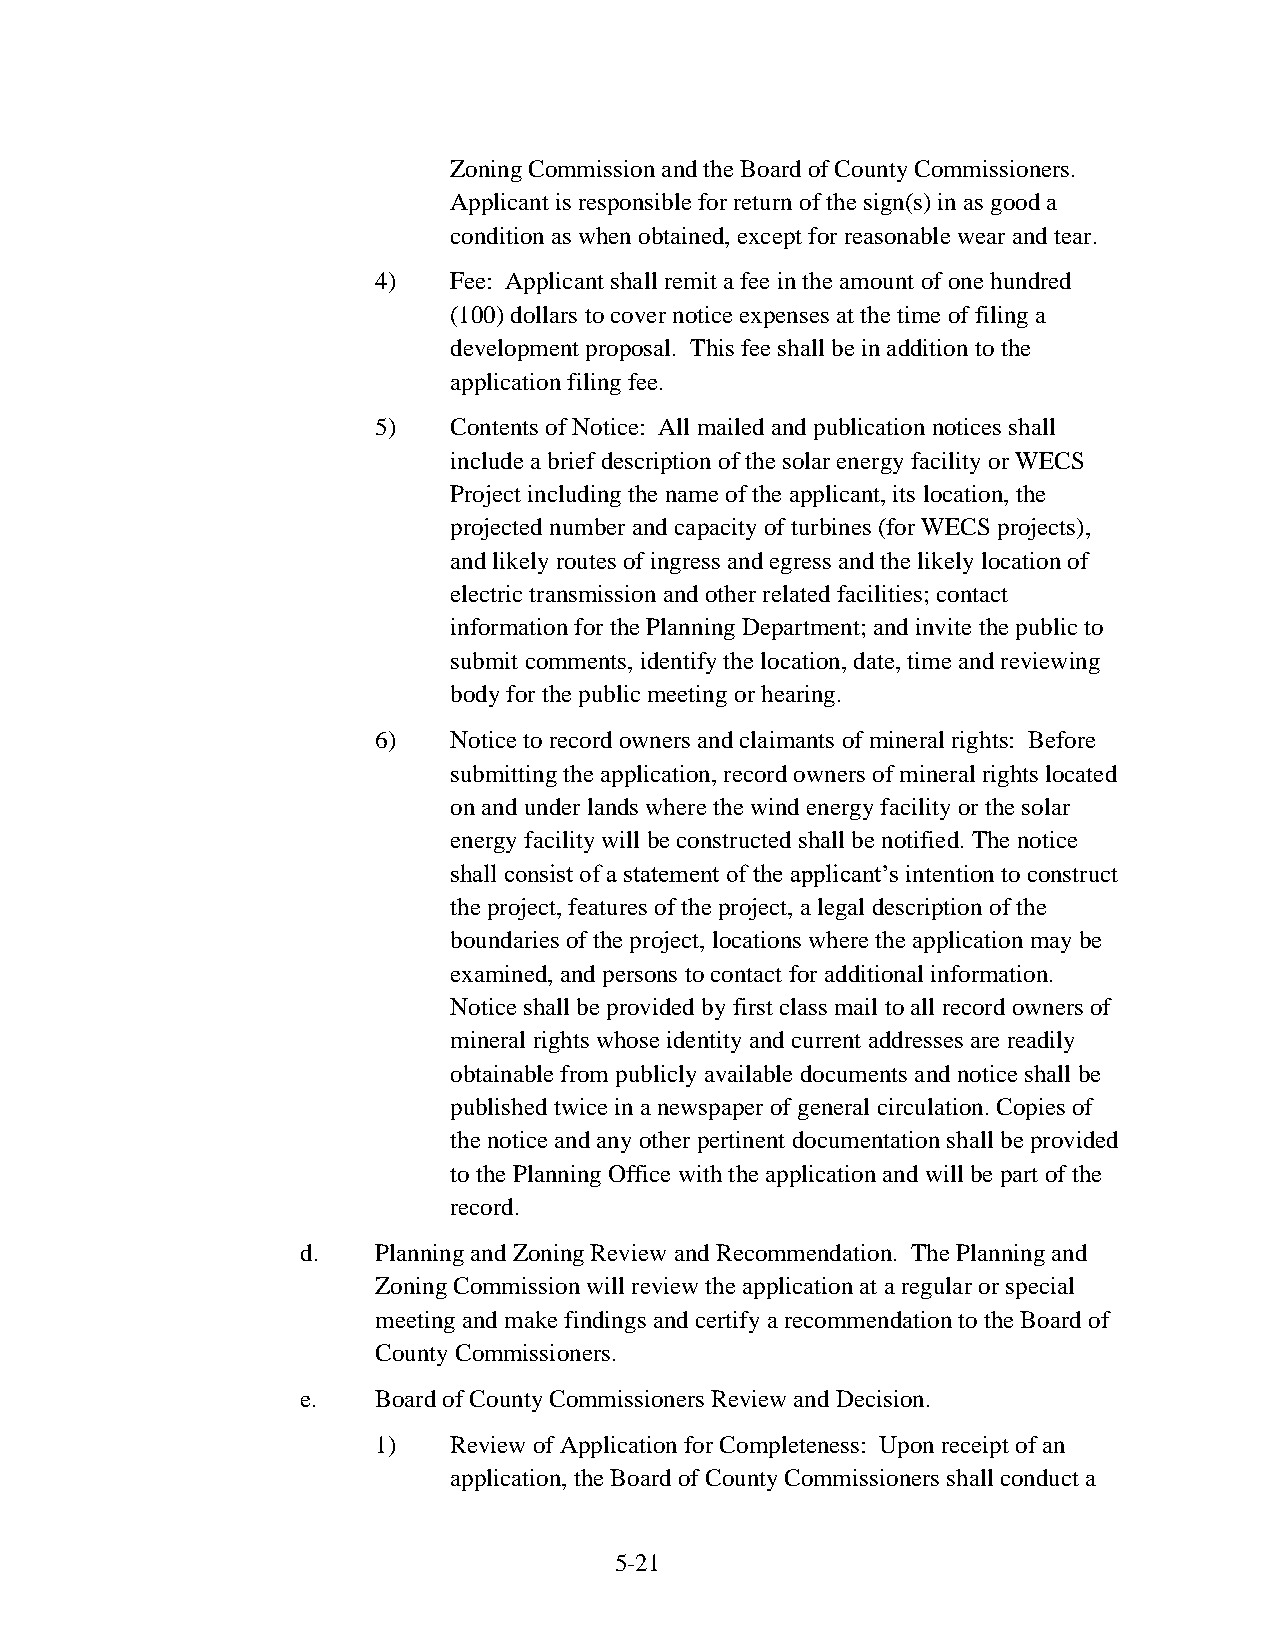
Zoning Commission and the Board of County Commissioners.
 Applicant is responsible for return of the sign(s) in as good a
 condition as when obtained, except for reasonable wear and tear.
 4)   Fee: Applicant shall remit a fee in the amount of one hundred
 (100) dollars to cover notice expenses at the time of filing a
 development proposal. This fee shall be in addition to the
 application filing fee.
 5)   Contents of Notice: All mailed and publication notices shall
 include a brief description of the solar energy facility or WECS
 Project including the name of the applicant, its location, the
 projected number and capacity of turbines (for WECS projects),
 and likely routes of ingress and egress and the likely location of
 electric transmission and other related facilities; contact
 information for the Planning Department; and invite the public to
 submit comments, identify the location, date, time and reviewing
 body for the public meeting or hearing.
 6)   Notice to record owners and claimants of mineral rights: Before
 submitting the application, record owners of mineral rights located
 on and under lands where the wind energy facility or the solar
 energy facility will be constructed shall be notified. The notice
 shall consist of a statement of the applicant’s intention to construct
 the project, features of the project, a legal description of the
 boundaries of the project, locations where the application may be
 examined, and persons to contact for additional information.
 Notice shall be provided by first class mail to all record owners of
 mineral rights whose identity and current addresses are readily
 obtainable from publicly available documents and notice shall be
 published twice in a newspaper of general circulation. Copies of
 the notice and any other pertinent documentation shall be provided
 to the Planning Office with the application and will be part of the
 record.
 d.   Planning and Zoning Review and Recommendation. The Planning and
 Zoning Commission will review the application at a regular or special
 meeting and make findings and certify a recommendation to the Board of
 County Commissioners.
 e.   Board of County Commissioners Review and Decision.
 1)   Review of Application for Completeness: Upon receipt of an
 application, the Board of County Commissioners shall conduct a
 5-21